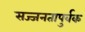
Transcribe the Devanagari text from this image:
सज्जनतापुर्वक